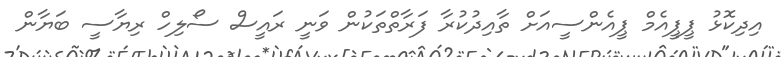
އިދިކޮޅު ޕީޕީއެމް ޕީއެންސީއަށް ތާއިދުކުރާ ފަރާތްތަކުން ވަނީ ރައީސް ސޯލިހް ރިޔާސީ ބަޔާން